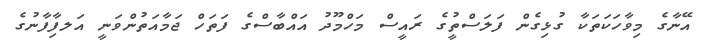
އޭނާގެ މިވާހަކަތަކާ ގުޅިގެން ފަލަސްތީުގެ ރައީސް މަހްމޫދު އައްބާސްގެ ފަތަހް ޖަމާއަތުންވަނީ އަލފާިފާނުގެ